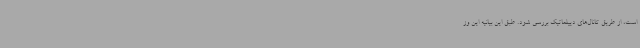
است، از طریق کانال‌های دیپلماتیک بررسی شود. طبق این بیانیه این وز